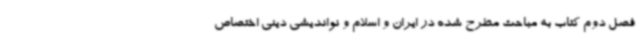
فصل دوم کتاب به مباحث مطرح شده در ایران و اسلام و نواندیشی دینی اختصاص